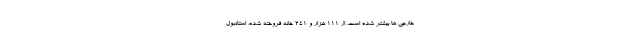
خارجی ها بیشتر شده است. از ۱۱۱ هزار و ۲۴۱ خانه فروخته شده، استانبول